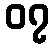
၀၇